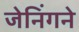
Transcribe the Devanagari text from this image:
जेनिंगने